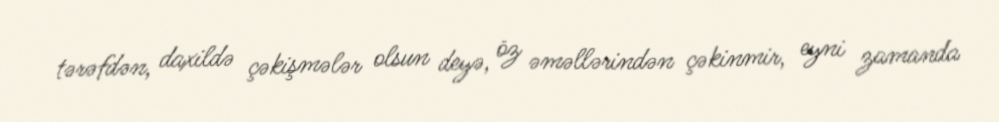
tərəfdən, daxildə çəkişmələr olsun deyə, öz əməllərindən çəkinmir, eyni zamanda